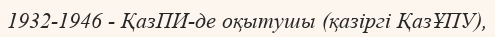
1932-1946 - ҚазПИ-де оқытушы (қазіргі ҚазҰПУ),